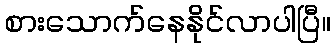
စားသောက်နေနိုင်လာပါပြီ။